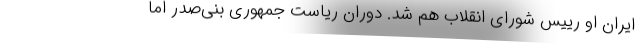
ایران او رییس شورای انقلاب هم شد. دوران ریاست جمهوری بنی‌صدر اما